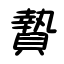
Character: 贄